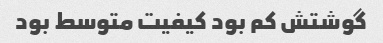
گوشتش کم بود کیفیت متوسط بود